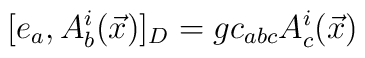
[e_{a},A_{b}^{i}(\vec{x})]_{D} = g c_{abc} A_{c}^{i}(\vec{x})